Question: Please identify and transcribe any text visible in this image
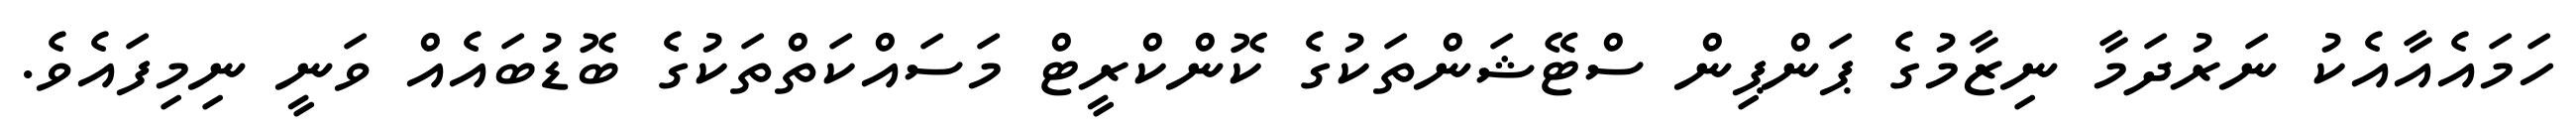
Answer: ހަމައެއާއެކު ނަރުދަމާ ނިޒާމުގެ ޕަންޕިން ސްޓޭޝަންތަކުގެ ކޮންކްރީޓް މަސައްކަތްތަކުގެ ބޮޑުބައެއް ވަނީ ނިމިފައެވެ.